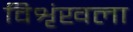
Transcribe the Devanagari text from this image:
विशृंखला